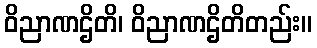
ဝိညာဏဌိတိ၊ ဝိညာဏဌိတိတည်း။